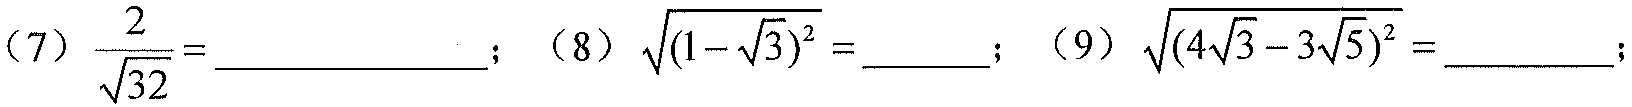
(7) \(\frac{2}{\sqrt{32}}=\) ____________ ；(8) \(\sqrt{(1 - \sqrt{3})^2}=\) ______ ；(9) \(\sqrt{(4\sqrt{3}-3\sqrt{5})^2}=\) ________ ；